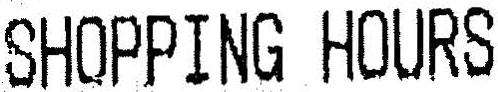
SHOPPING HOURS